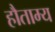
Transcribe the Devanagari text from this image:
हौताम्य